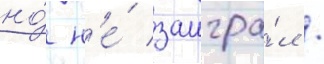
но́ н'е́ заигра́л /